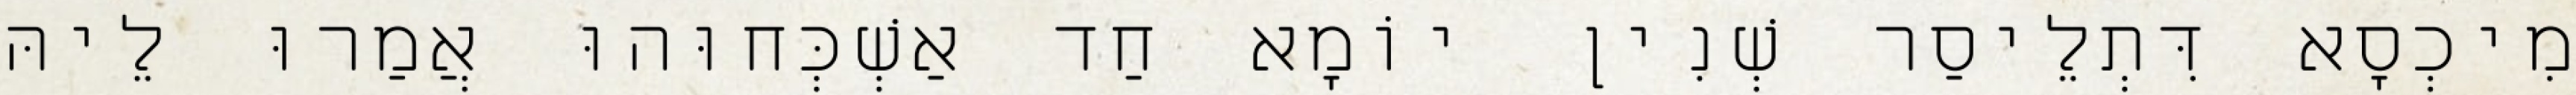
מִיכְסָא דִּתְלֵיסַר שְׁנִין יוֹמָא חַד אַשְׁכְּחוּהוּ אֲמַרוּ לֵיהּ